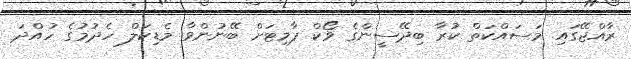
ރާއްޖޭގައި މަސައްކަތް ކުރާ ބިދޭސީންގެ ވޯކް ޕާމިޓަށް ބޭނުންވާ މެޑިކަލް ހެދުމުގެ ހުއްދަ